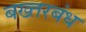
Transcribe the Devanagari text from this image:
बख्तरबंध